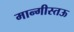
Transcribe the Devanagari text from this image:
मान्गीस्तऊ